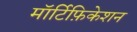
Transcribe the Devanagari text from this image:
मॉर्टिफ़िकेशन